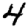
Digit: 4